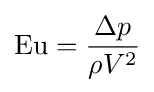
\mathrm {Eu} ={\frac {\Delta {}p}{\rho V^{2}}}